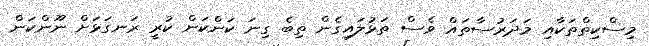
މިސްކިތްތަކާއި މަދަރުސާތައް ވެސް ތަޅުލައިގެން ތިބެ ގިނަ ކަންކަން ކުރީ ރަނގަޅަށް ނޫންކަން